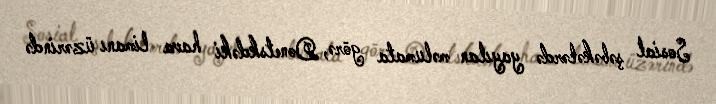
Sosial şəbəkələrdə yayılan məlumata görə, Donetskdəki hava limanı üzərində